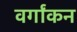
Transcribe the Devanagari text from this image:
वर्गांकन